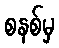
စနစ်မှ